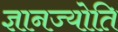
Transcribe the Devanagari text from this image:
ज्ञानज्योति